Scientific memoirs by medical officers of the Army of India - Part X,
Year: 1897
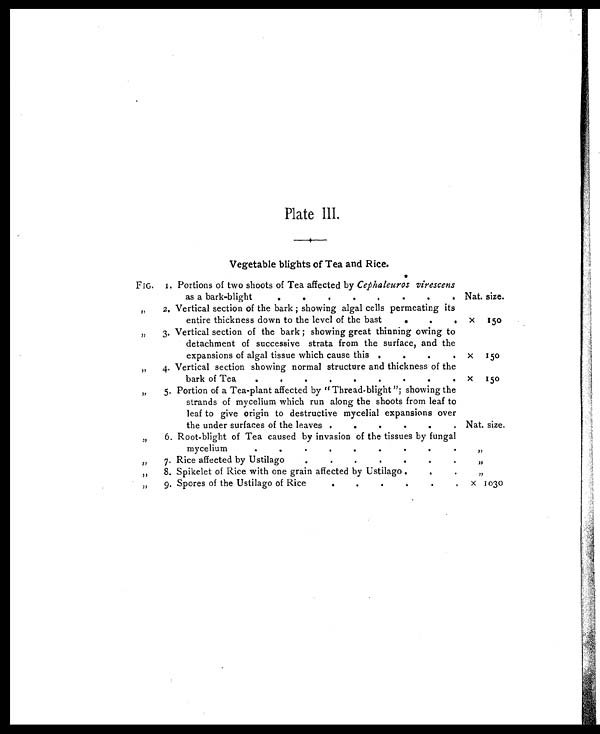
Plate III.
Vegetable blights of Tea and Rice.
FIG. 1. Portions of two shoots of Tea affected by Cephaleuros virescens
as a bark-blight
.
.
.
.
.
.
.
. Nat. size.
„
2. Vertical section of the bark ; showing algal cells permeating its
entire thickness down to the level of the bast
.
.
. x 150
„
3. Vertical section of the bark ; showing great thinning owing to
detachment of successive strata from the surface, and the
expansions of algal tissue which cause this .
.
.
. x 1 5 0
„
4. Vertical section showing normal structure and thickness of the
bark of Tea
.
.
.
.
.
. . . . x 1 5 0
„
5. Portion of a Tea-plant affected by " Thread-blight"; showing the
strands of mycelium which run along the shoots from leaf to
leaf to give origin to destructive mycelial expansions over
the under surfaces of the leaves .
.
.
.
.
. Nat. size.
„
6. Root-blight of Tea caused by invasion of the tissues by fungal
mycelium
.
.
.
.
.
.
.
.
.
„
„
7. Rice affected by Ustilago
.
.
.
.
.
.
.
„ „
8. Spikelet of Rice with one grain affected by Ustilago .
.
.
„
„
9. Spores of the Ustilago of Rice
.
.
.
.
.
. x 1030